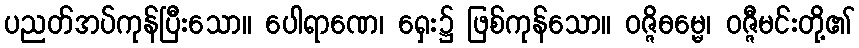
ပညတ်အပ်ကုန်ပြီးသော။ ပေါရာဏေ၊ ရှေး၌ ဖြစ်ကုန်သော။ ဝဇ္ဇိဓမ္မေ၊ ဝဇ္ဇီမင်းတို့၏